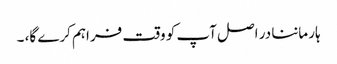
ہار ماننا در اصل آپ کو وقت فراہم کرے گا، ۔